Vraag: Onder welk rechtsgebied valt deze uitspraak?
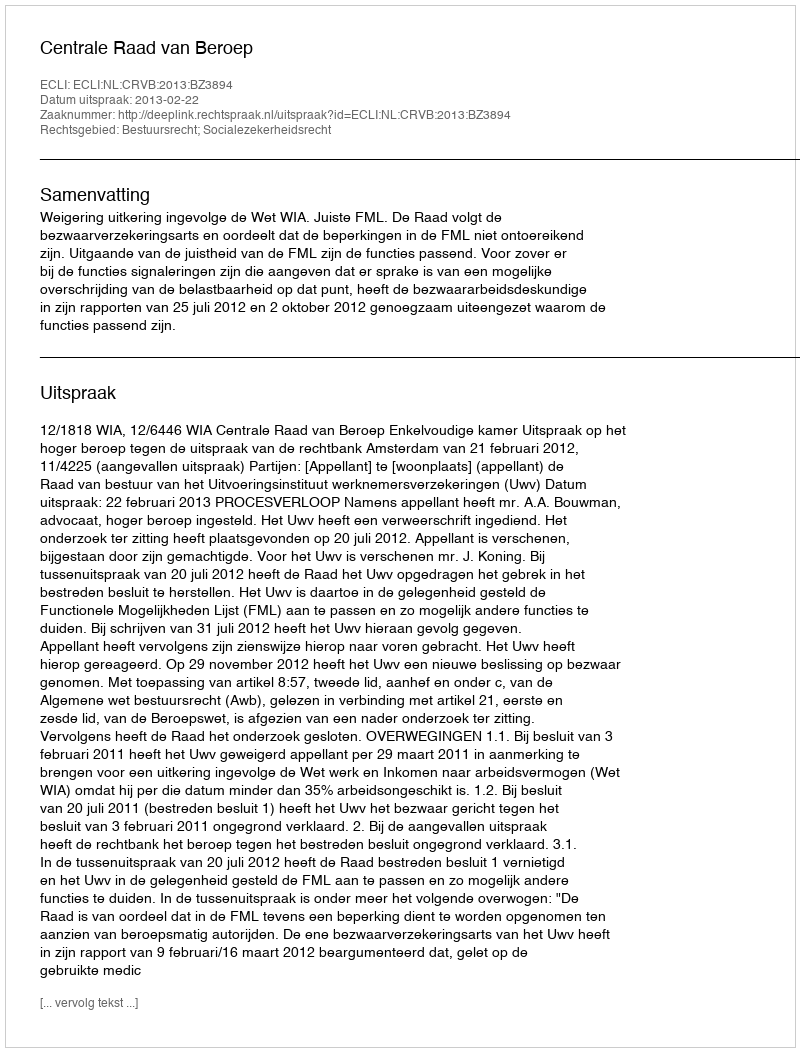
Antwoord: Bestuursrecht; Socialezekerheidsrecht